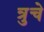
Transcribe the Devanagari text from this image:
त्रुचे